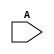
module rega(A);
input [0:0] A;
endmodule

module test(A);
input [0:0] A;

    rega a (.A(A[(5 > 4 ? 0 : 1) : 0]));
    rega b (.A(A[(4 < 5 ? 0 : 1) : 0]));

    initial $display("PASSED");
endmodule